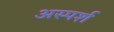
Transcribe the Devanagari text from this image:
अस्पर्श